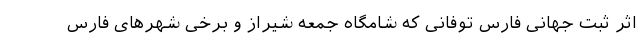
اثر ثبت جهانی فارس توفانی که شامگاه جمعه شیراز و برخی شهرهای فارس